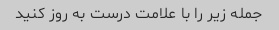
جمله زیر را با علامت درست به روز کنید